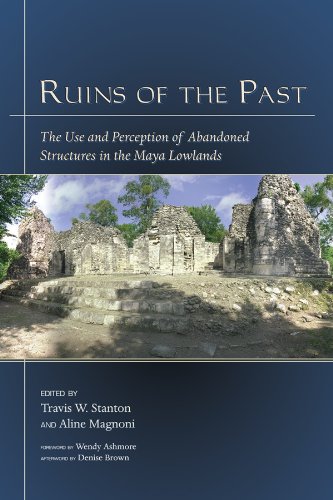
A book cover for Ruins of the Past: The Use and Perception of Abandoned Structures in the Maya Lowlands (Mesoamerican Worlds); History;